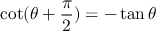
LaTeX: \cot ( \theta + { \frac { \pi } { 2 } } ) = - \tan \theta